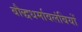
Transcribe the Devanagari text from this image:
बौद्धधर्मावलंबियों